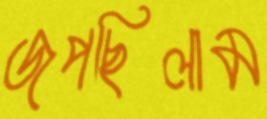
জপছিলাম